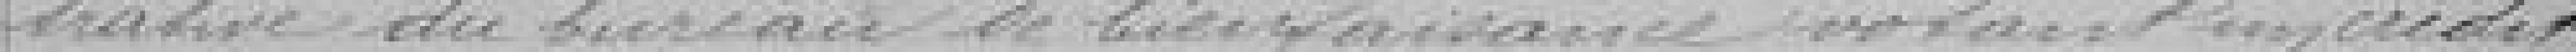
trative du bureau de bienfaisance votant un crédit